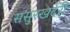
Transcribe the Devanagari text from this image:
ससुरखदेरी